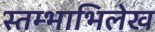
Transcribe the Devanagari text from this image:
स्तम्भाभिलेख